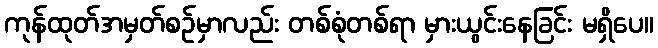
ကုန်ထုတ်အမှတ်စဉ်မှာလည်း တစ်စုံတစ်ရာ မှားယွင်းနေခြင်း မရှိပေ။